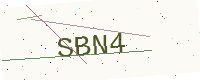
Text: SBN4